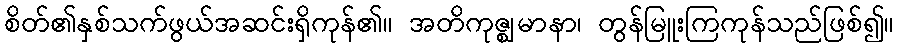
စိတ်၏နှစ်သက်ဖွယ်အဆင်းရှိကုန်၏။ အတိကုဇ္ဈမာနာ၊ တွန်မြူးကြကုန်သည်ဖြစ်၍။